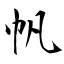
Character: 帆